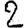
Digit: 2